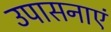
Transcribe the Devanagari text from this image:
उपासनाएं